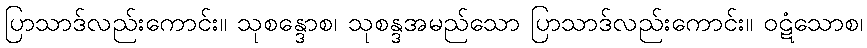
ပြာသာဒ်လည်းကောင်း။ သုစန္ဒောစ၊ သုစန္ဒအမည်သော ပြာသာဒ်လည်းကောင်း။ ဝဋံသောစ၊